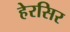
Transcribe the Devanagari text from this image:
हेरसिर